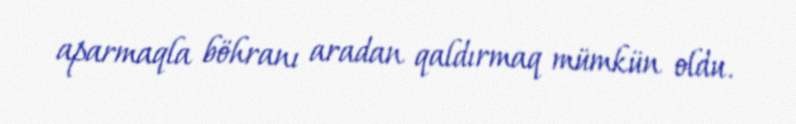
aparmaqla böhranı aradan qaldırmaq mümkün oldu.